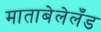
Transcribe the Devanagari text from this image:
माताबेलेलँड